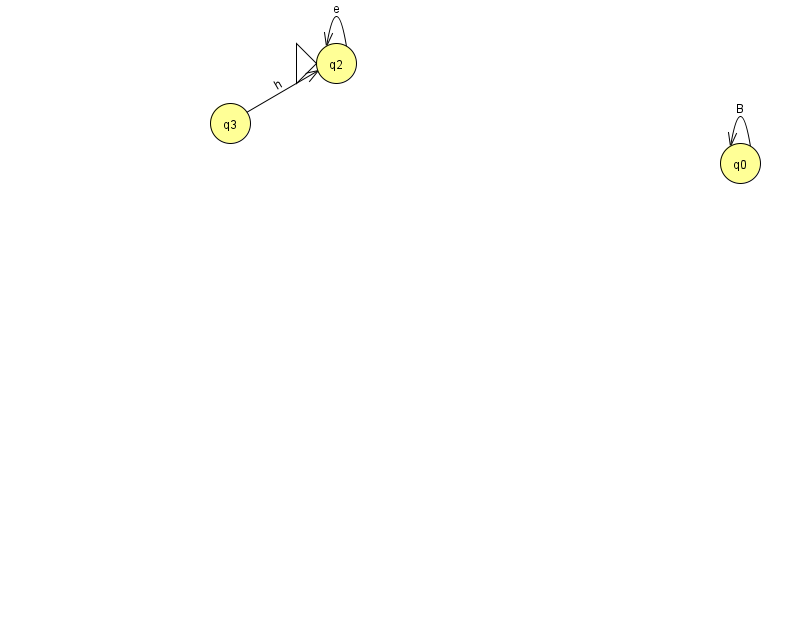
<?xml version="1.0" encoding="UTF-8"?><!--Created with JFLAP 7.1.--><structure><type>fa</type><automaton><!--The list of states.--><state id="0" name="q0"><x>740.0</x><y>150.0</y></state><state id="2" name="q2"><x>336.0</x><y>50.0</y><initial/></state><state id="3" name="q3"><x>230.0</x><y>110.0</y></state><!--The list of transitions.--><transition><from>0</from><to>0</to><read>B</read></transition><transition><from>3</from><to>2</to><read>h</read></transition><transition><from>2</from><to>2</to><read>e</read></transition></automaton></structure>